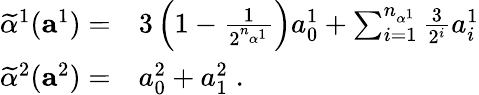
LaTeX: \begin{array}{rl}{\widetilde{\alpha}^{1}(\mathbf{a}^{1})=}&{3\left(1-\frac 1{2^{n_{\alpha^{1}}}}\right)a_{0}^{1}+\sum_{i=1}^{n_{\alpha^{1}}}\frac 3{2^{i}}a_{i}^{1}}\\ {\widetilde{\alpha}^{2}(\mathbf{a}^{2})=}&{a_{0}^{2}+a_{1}^{2}\; .}\end{array}